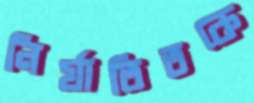
নির্যাতিতকে